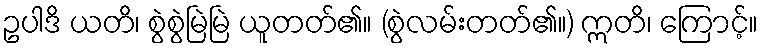
ဥပါဒိ ယတိ၊ စွဲစွဲမြဲမြဲ ယူတတ်၏။ (စွဲလမ်းတတ်၏။) ဣတိ၊ ကြောင့်။